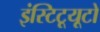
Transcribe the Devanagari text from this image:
इंस्टिटूयूटो